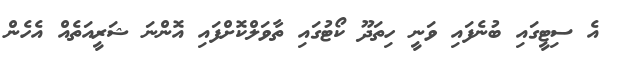
އެ ސިޓީގައި ބުނެފައި ވަނީ ހިތަދޫ ކޯޓުގައި ތާވަލްކޮށްފައި އޮންނަ ޝަރީއަތެއް އެހެން